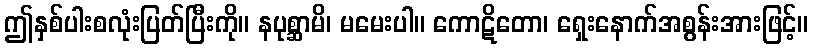
ဤနှစ်ပါးစလုံးပြတ်ပြီးကို။ နပုစ္ဆာမိ၊ မမေးပါ။ ကောဋိတော၊ ရှေးနောက်အစွန်းအားဖြင့်။